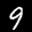
Label: 9